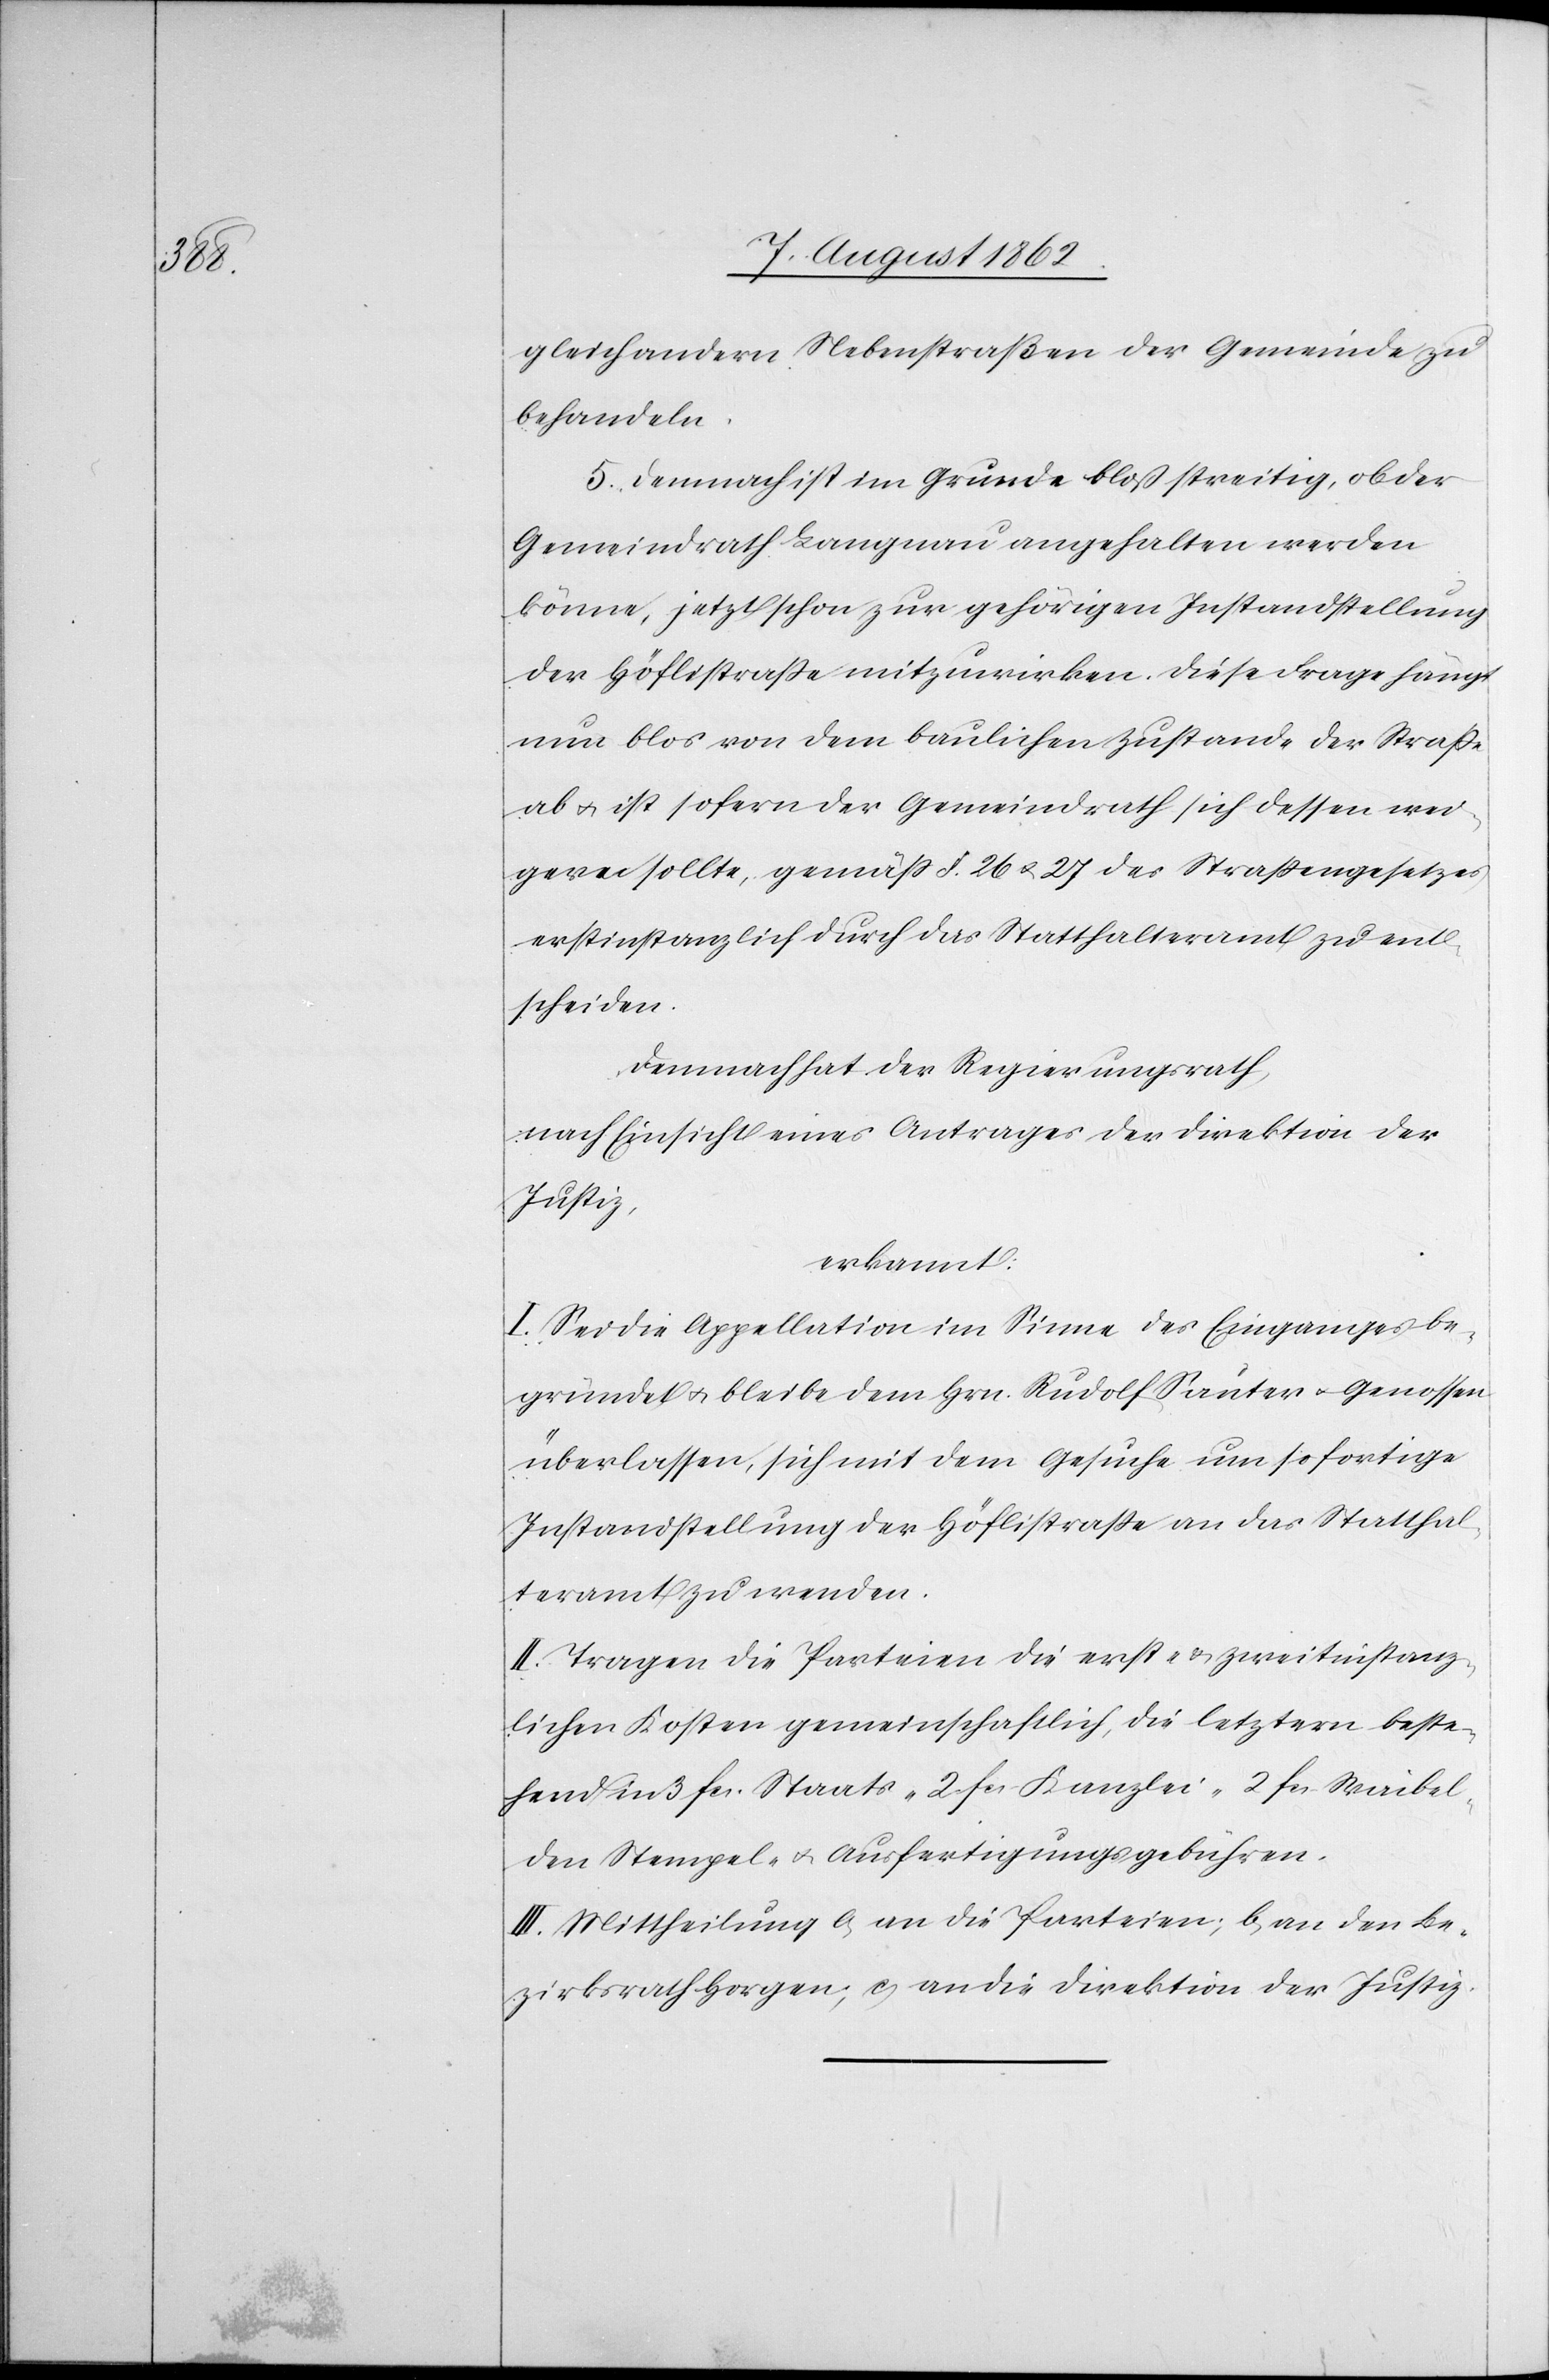
l-[,]

gleich andern Nebenstraßen der Gemeinde zu
behandeln.
5. Demnach ist im Grunde bloß streitig, ob der
Gemeindrath Langnau angehalten werden
könne, jetzt schon zur gehörigen Instandstellung
der Höflistraße mitzuwirken. Diese Frage hängt
nun blos von dem baulichen Zustande der Straße
ab u. ist sofern der Gemeindrath sich dessen wei¬
gern sollte, gemäß §. 26 u. 27 des Straßengesetzes
erstinstanzlich durch das Statthalteramt zu ent¬
scheiden.
Demnach hat der Regierungsrath,
nach Einsicht eines Antrages der Direktion der
Justiz,
erkannt:
I. Sei die Appellation im Sinne des Einganges be¬
gründet u. bleibe dem Hrn. Rudolf Sauter u. Genossen
überlassen, sich mit dem Gesuch um sofortige
Instandstellung der Höflistraße an das Statthal¬
teramt zu wenden.
II. Tragen die Parteien die erst- u. zweitinstanz¬
lichen Kosten gemeinschaftlich, die letztern beste¬
hend in 3 fcs. Staats-[,] 2 fcs. Kanzlei-[,] 2 fcs. Waibe¬
den Stempel- u. Ausfertigungsgebühren.
III. Mittheilung a. an die Parteien; b. an den Be¬
zirksrath Horgen; c. an die Direktion der Justiz.